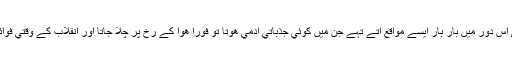
اموي تخت سلطنت کو زلزلہ تھا اور اموي طاقت روزبروز کمزور ھو رھي تھي اس دور ميں بار بار ايسے مواقع آتے تہے جن ميں کوئي جذباتي آدمي ھوتا تو فوراً ھوا کے رخ پر چلا جاتا اور انقلاب کے وقتي فوائد سے متمتع ھونے کے لئے خود بھي انقلابي جماعت کے ساتھ منسلک ھو جاتا۔